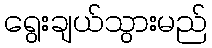
ရွေးချယ်သွားမည်